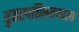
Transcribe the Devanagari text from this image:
बृहस्पतिरूतथ्यश्य